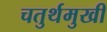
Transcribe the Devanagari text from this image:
चतुर्थमुखी